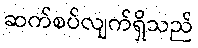
ဆက်စပ်လျက်ရှိသည်